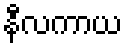
နီလကာယ